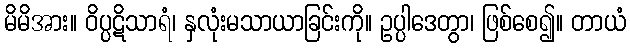
မိမိအား။ ဝိပ္ပဋိသာရံ၊ နှလုံးမသာယာခြင်းကို။ ဥပ္ပါဒေတွာ၊ ဖြစ်စေ၍။ တာယံ